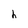
Character: h